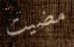
مضيت